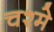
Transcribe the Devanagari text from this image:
चश्‍मे